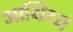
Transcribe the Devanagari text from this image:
आथिथ्य